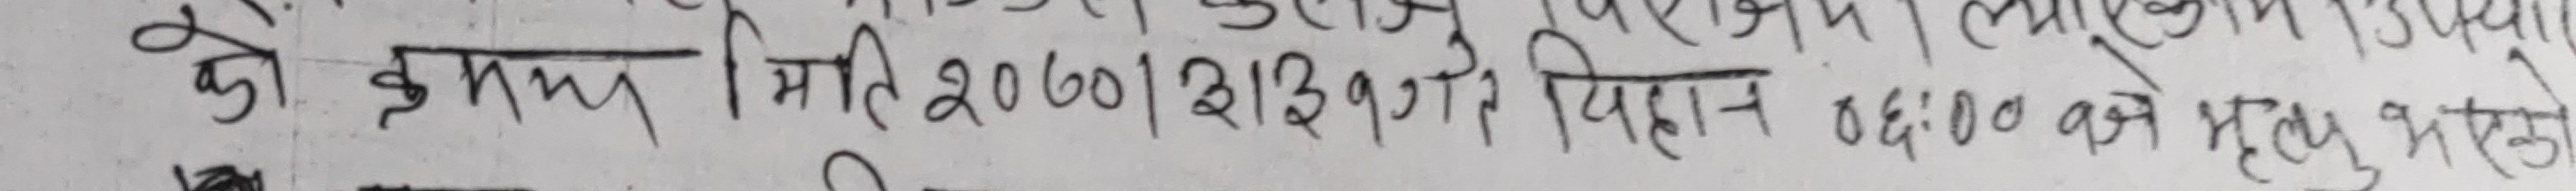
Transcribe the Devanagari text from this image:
को क्रममा मिति २०७०/३/३११गते विहान ०६:०० वजे मृत्य भएको